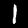
Label: 1